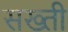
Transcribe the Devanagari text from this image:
सख्‍ती